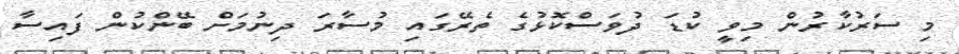
މި ސަރުކާރުން މިވީ ކުޑަ ދުވަސްކޮޅުގެ ތެރޭގައި މުސާރަ ދިނުމަށް ބޭންކުން ފައިސާ